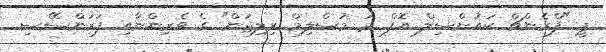
ޕީ "ފްރެންޗް ކައުންސިލް އޮފް ދަ މުސްލިމް ރިލިޖަން" ގެ ވެރިންނާއި ފަރަންސޭސި